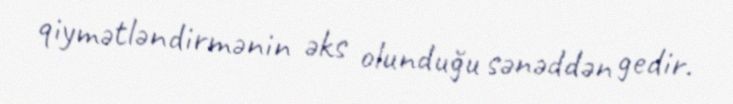
qiymətləndirmənin əks olunduğu sənəddən gedir.